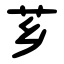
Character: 芗